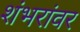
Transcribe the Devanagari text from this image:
शंभरांवर